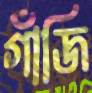
গাঁজি